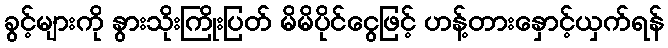
ခွင့်များကို နွားသိုးကြိုးပြတ် မိမိပိုင်ငွေဖြင့် ဟန့်တားနှောင့်ယှက်ရန်